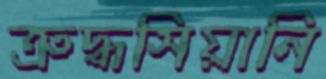
ত্রুদ্ধসিয়ানি